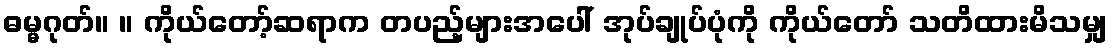
ဓမ္မဂုတ်။ ။ ကိုယ်တော့်ဆရာက တပည့်များအပေါ် အုပ်ချုပ်ပုံကို ကိုယ်တော် သတိထားမိသမျှ